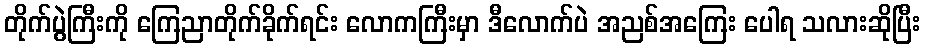
တိုက်ပွဲကြီးကို ကြေညာတိုက်ခိုက်ရင်း လောကကြီးမှာ ဒီလောက်ပဲ အညစ်အကြေး ပေါရ သလားဆိုပြီး